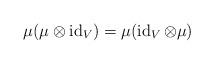
LaTeX: \begin{align*}\mu(\mu\otimes\operatorname{id}_V)=\mu(\operatorname{id}_V\otimes\mu)\end{align*}